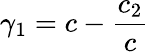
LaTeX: \gamma_{1}=c-\frac{c_{2}}{c}